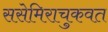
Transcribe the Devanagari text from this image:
ससेमिराचुकवत